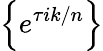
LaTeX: \left\{ e^{\tau ik/n}\right\}